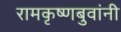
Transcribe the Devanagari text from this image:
रामकृष्णबुवांनी